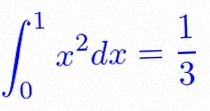
\int_0^1 x^2dx=\frac13